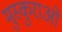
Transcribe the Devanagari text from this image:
मुस्कुराओ